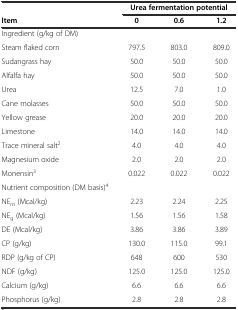
<table><thead><tr><td></td><td colspan="3"><b>Urea fermentation potential</b></td></tr><tr><td><b>Item</b></td><td><b>0</b></td><td><b>0.6</b></td><td><b>1.2</b></td></tr></thead><tbody><tr><td>Ingredient (g/kg of DM)</td><td></td><td></td><td></td></tr><tr><td>Steam flaked corn</td><td>797.5</td><td>803.0</td><td>809.0</td></tr><tr><td>Sudangrass hay</td><td>50.0</td><td>50.0</td><td>50.0</td></tr><tr><td>Alfalfa hay</td><td>50.0</td><td>50.0</td><td>50.0</td></tr><tr><td>Urea</td><td>12.5</td><td>7.0</td><td>1.0</td></tr><tr><td>Cane molasses</td><td>50.0</td><td>50.0</td><td>50.0</td></tr><tr><td>Yellow grease</td><td>20.0</td><td>20.0</td><td>20.0</td></tr><tr><td>Limestone</td><td>14.0</td><td>14.0</td><td>14.0</td></tr><tr><td>Trace mineral salt<sup>2</sup></td><td>4.0</td><td>4.0</td><td>4.0</td></tr><tr><td>Magnesium oxide</td><td>2.0</td><td>2.0</td><td>2.0</td></tr><tr><td>Monensin<sup>3</sup></td><td>0.022</td><td>0.022</td><td>0.022</td></tr><tr><td>Nutrient composition (DM basis)<sup>4</sup></td><td></td><td></td><td></td></tr><tr><td>NE<sub>m</sub> (Mcal/kg)</td><td>2.23</td><td>2.24</td><td>2.25</td></tr><tr><td>NE<sub>g</sub> (Mcal/kg)</td><td>1.56</td><td>1.56</td><td>1.58</td></tr><tr><td>DE (Mcal/kg)</td><td>3.86</td><td>3.86</td><td>3.89</td></tr><tr><td>CP (g/kg)</td><td>130.0</td><td>115.0</td><td>99.1</td></tr><tr><td>RDP (g/kg of CP)</td><td>648</td><td>600</td><td>530</td></tr><tr><td>NDF (g/kg)</td><td>125.0</td><td>125.0</td><td>125.0</td></tr><tr><td>Calcium (g/kg)</td><td>6.6</td><td>6.6</td><td>6.6</td></tr><tr><td>Phosphorus (g/kg)</td><td>2.8</td><td>2.8</td><td>2.8</td></tr></tbody></table>